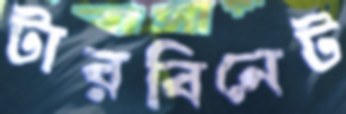
টারবিনেট